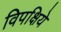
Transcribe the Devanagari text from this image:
विपक्षिये